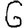
Digit: 6